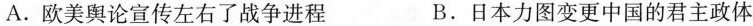
A.欧美舆论宣传左右了战争进程 B.日本力图变更中国的君主政体